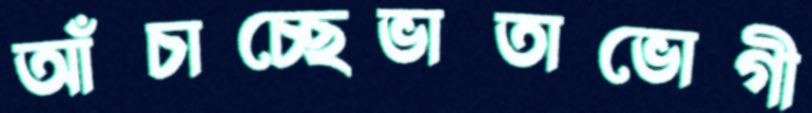
আঁচাচ্ছেভাতাভোগী